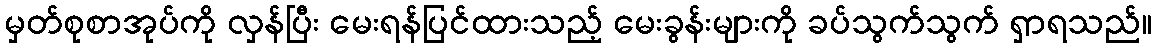
မှတ်စုစာအုပ်ကို လှန်ပြီး မေးရန်ပြင်ထားသည့် မေးခွန်းများကို ခပ်သွက်သွက် ရှာရသည်။